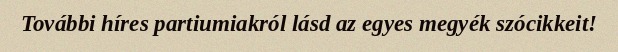
További híres partiumiakról lásd az egyes megyék szócikkeit!